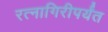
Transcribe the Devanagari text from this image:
रत्‍नागिरीपर्यंत